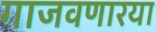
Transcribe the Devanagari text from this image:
गाजवणारया